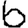
Digit: 6